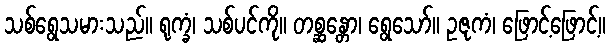
သစ်ရွေသမားသည်။ ရုက္ခံ၊ သစ်ပင်ကို။ တစ္ဆန္တော၊ ရွေသော်။ ဥဇုကံ၊ ဖြောင့်ဖြောင့်။